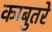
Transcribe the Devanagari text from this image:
काबुतरे